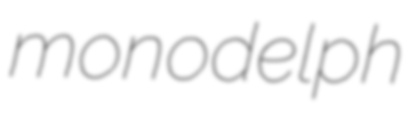
monodelph